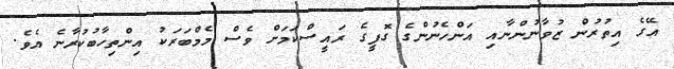
އޭގެ އިތުރުން ޒުވާނުންނާއި އަންހެނުންގެ ގޮފީގެ ރައީސްކަމަށް ވެސް މެމްބަރަކު އިންތިހާބުކުރާނެ އެވެ.